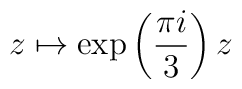
z\mapsto \exp \left( \frac{\pi i}{3}\right) z